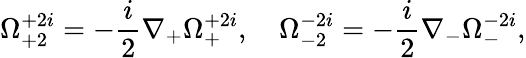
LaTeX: \Omega_{+2}^{+2i}=-\frac{i}{2}\nabla_{+}\Omega_{+}^{+2i},\quad\Omega_{-2}^{-2i}=-\frac{i}{2}\nabla_{-}\Omega_{-}^{-2i},